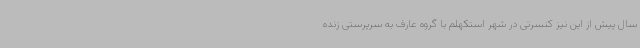
سال پیش از این نیز کنسرتی در شهر استکهلم با گروه عارف به سرپرستی زنده